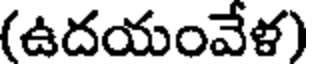
(ఉదయంవేళ)